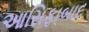
આસિફાબાદ